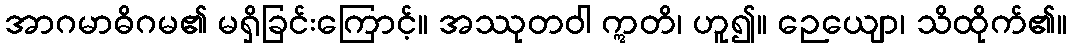
အာဂမာဓိဂမ၏ မရှိခြင်းကြောင့်။ အဿုတဝါ ဣတိ၊ ဟူ၍။ ဉေယျော၊ သိထိုက်၏။